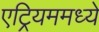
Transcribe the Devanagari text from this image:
एट्रियममध्ये